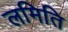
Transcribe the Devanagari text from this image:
लमिति